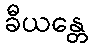
ခီယန္တေ